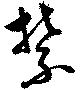
禁